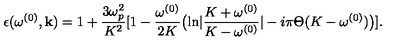
\epsilon ( \omega ^ { ( 0 ) } , { \bf k } ) = 1 + { \frac { 3 \omega _ { p } ^ { 2 } } { K ^ { 2 } } } [ 1 - { \frac { \omega ^ { ( 0 ) } } { 2 K } } \bigl ( { \ln } | { \frac { K + \omega ^ { ( 0 ) } } { K - \omega ^ { ( 0 ) } } } | - i \pi \Theta ( K - \omega ^ { ( 0 ) } ) \bigr ) ] .